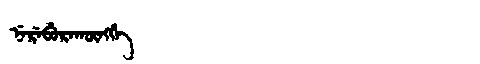
Manchu: ᠨᡝᡵᡝᠪᡠᡵᠠᡴᡡᠩᡤᡝ
Romanization: NEREBURAKŪNGGE